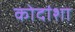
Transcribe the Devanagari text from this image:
कोदांशा